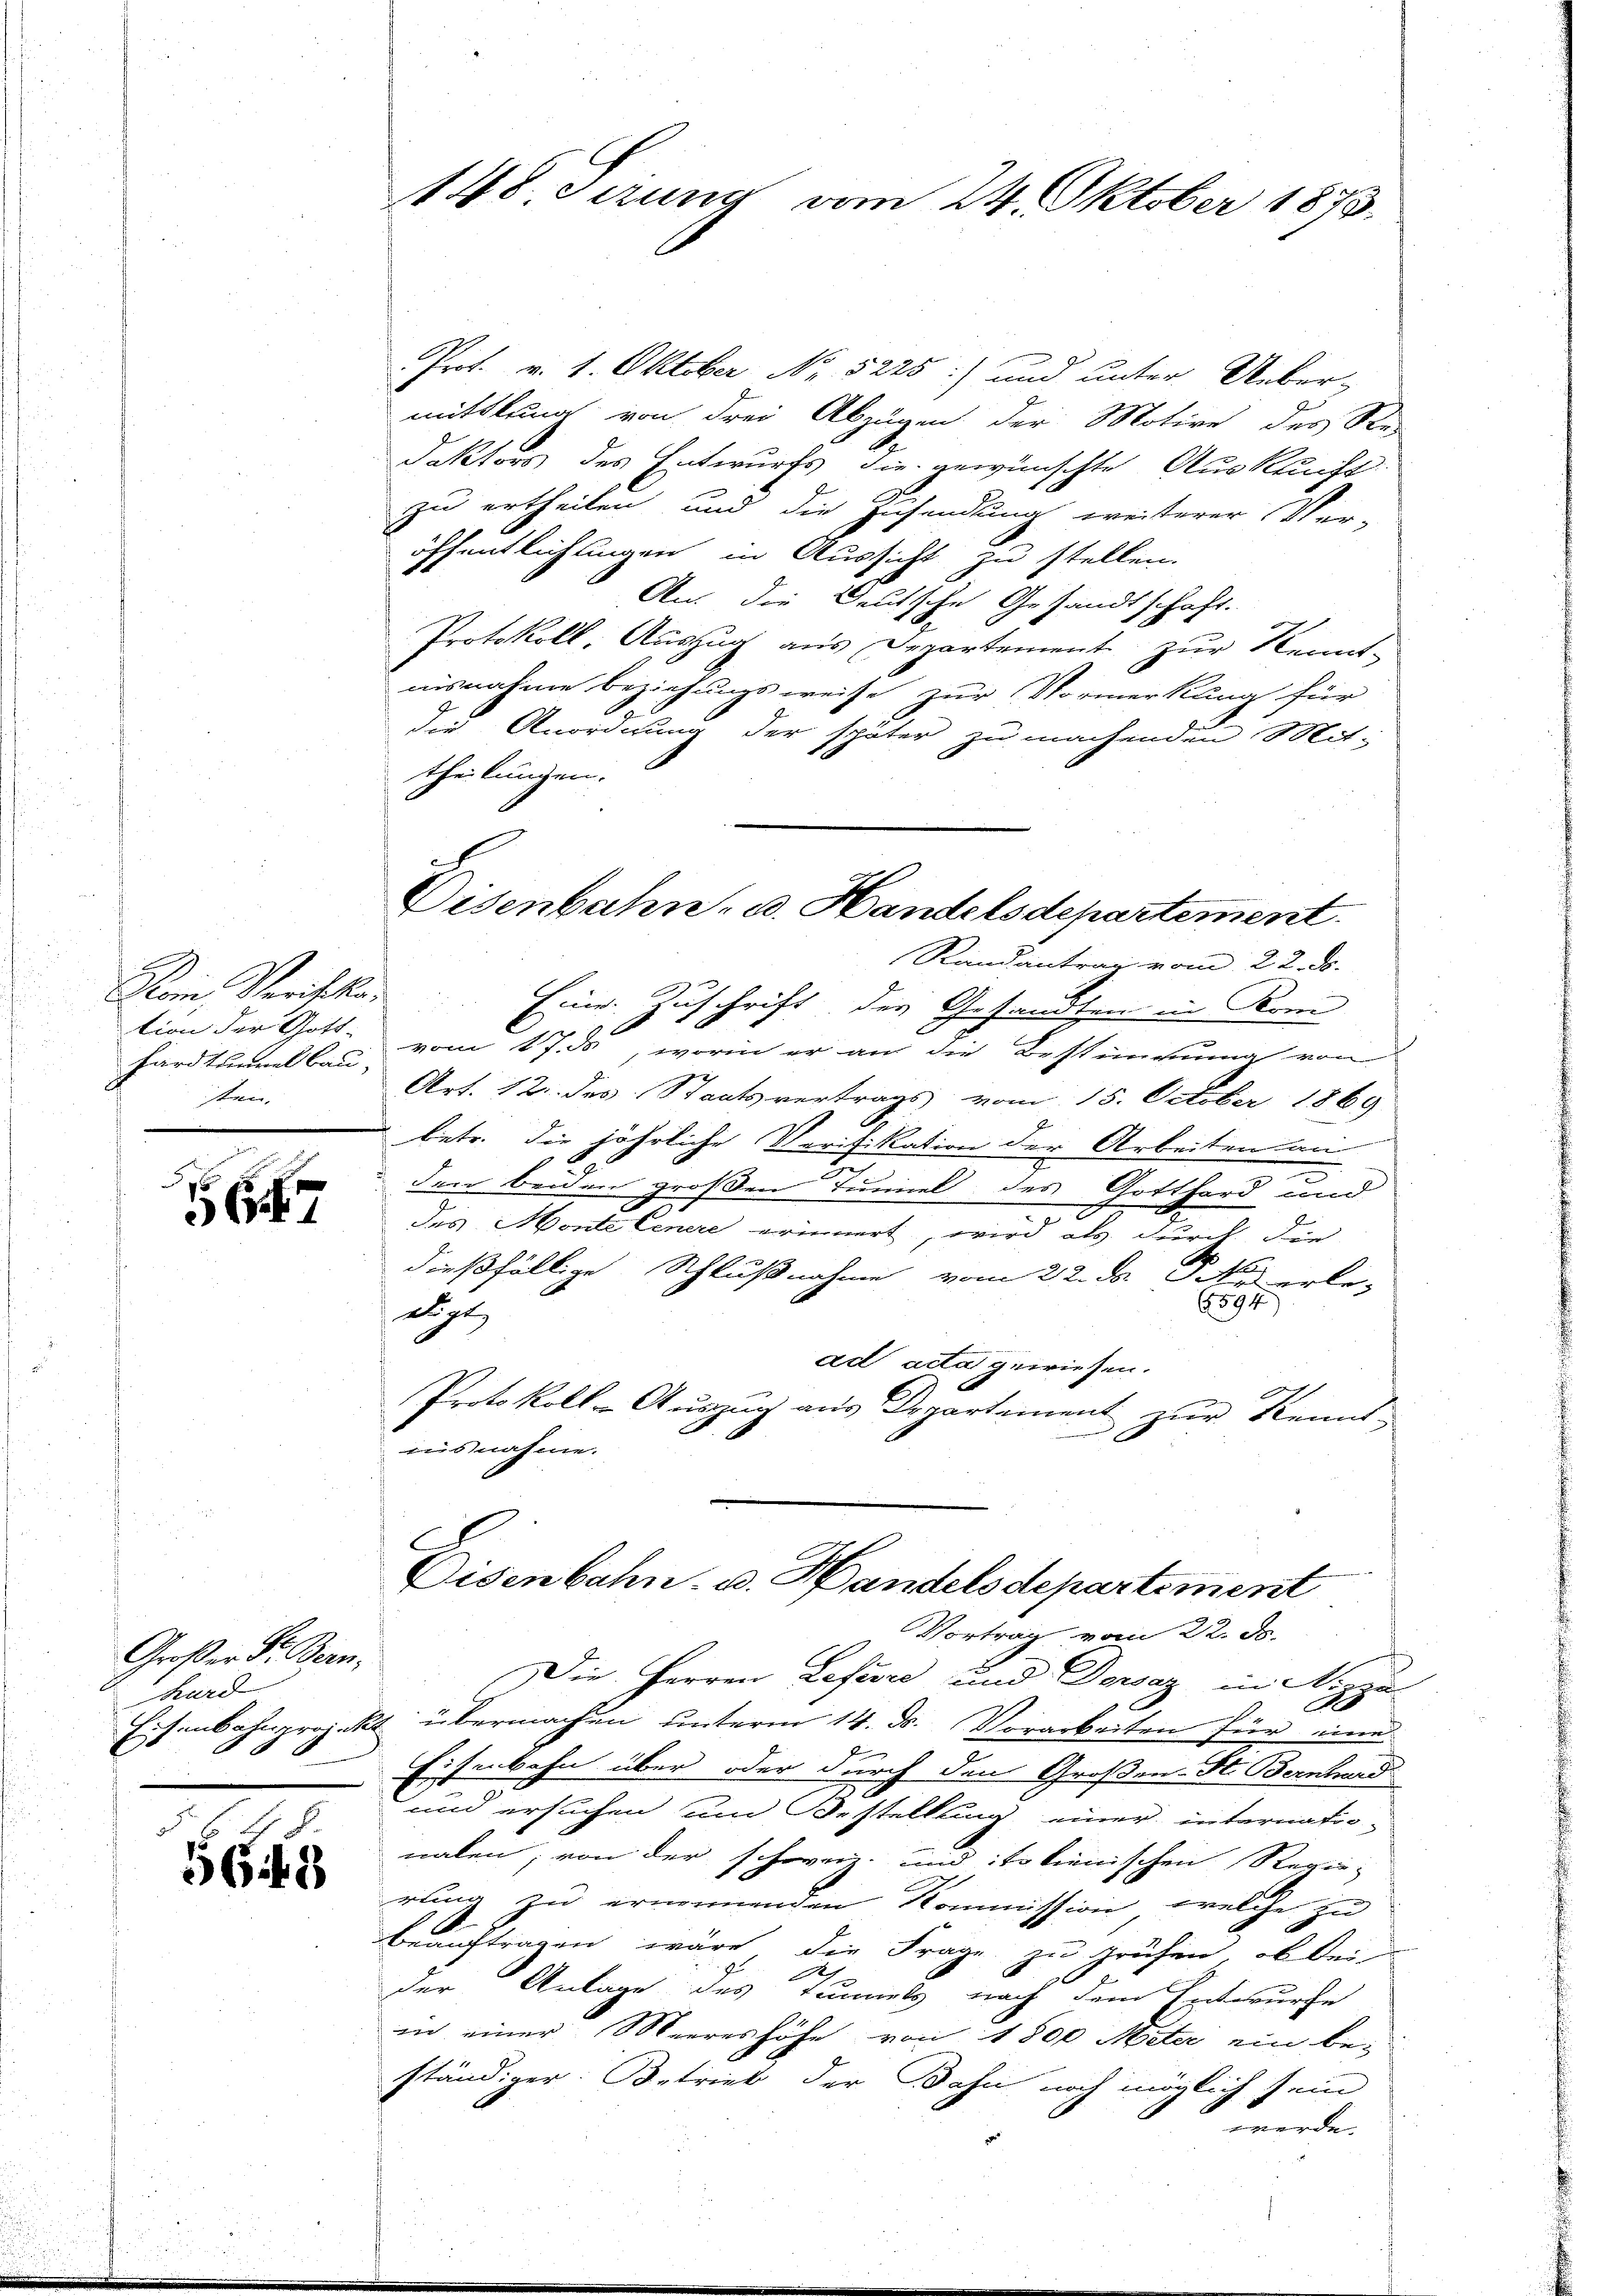
9
Nom, Verifika
Fardtunnel Bau,
sten.

2
1

Großer Dr. Bern.
hurd
Eisenbahnprojek

E
1649

Prot. v. 1. Oktober Nr. 5225) und unter Ueber-
mittlung von drei Abzügen der Motive des Re-
Jaktors des Entwurfs die gewünschte Ausklucht.
zu ertheilen und die Zusendung weiterer Ver-
öffentlichungen in Aussicht zu stellen.
An die Deutsche Gesandtschaft.
Protokoll, Auszug aus Departement zur Kennt-
aisnahme beziehungsweise zur Vormerkung für
die Anordnung der später zu machenden Mit-
theilungen.
Randantrag vom 22. Fr.
Eine Zuschrift der Gesandten im Krei
tion der Gott vom 17. ds, worin er an die Bestimmung vom
Art. 12. des Staatsvertrags vom 15. October 1869
betr. die jährliche Verifikation der Arbeiten an
den beiden großen Tunnel des Gotthard und
e
e
des Monte Cenere erinnert, wird als durch die
dießfällige Schlußnahme vom 22. d. M. erle-
6594)
dige
ad acta gewiesen.
Protokoll-Auszug aus Departement zur Kenns-
ausnahme.

148. Serung vom 24. Oktober 1873.

Disenbahn- u. Handelsdepartement.

Eisenbahn u. Handelsdepartement
Vortrag vom 22. ds.

.
Die Herren Lefevre und Dorsaz in Nizza
u übermachen unterm 14. ds. Vorarbeiten für eine
Eisenbahn über oder durch den Großen St. Bernhard
und ersuchen um Bestellung einer internationalen; von der schweiz. und italienischen Regie-
rung zu ernennenden Kommission, welche zu
beauftragen wäre, die Frage zu prüfen, ob bei
A
der Anlage des Tunnels nach dem Entwurfe
in einer Meereshöhe von 1800 Meter ein be-
ständiger Betrieb der Bahn noch möglich sein
werde.